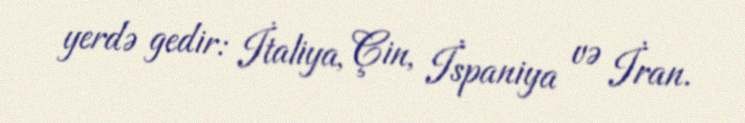
yerdə gedir: İtaliya, Çin, İspaniya və İran.